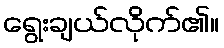
ရွေးချယ်လိုက်၏။